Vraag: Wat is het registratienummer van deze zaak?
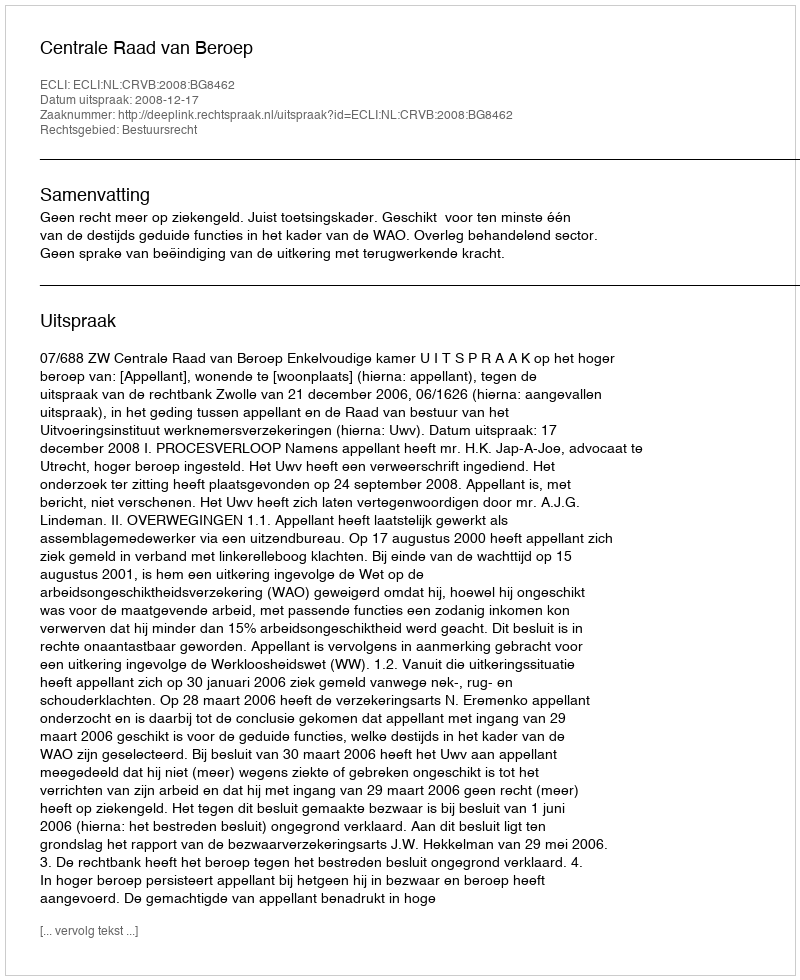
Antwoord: http://deeplink.rechtspraak.nl/uitspraak?id=ECLI:NL:CRVB:2008:BG8462